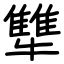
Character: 犨